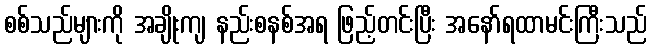
စစ်သည်များကို အချိုးကျ နည်းစနစ်အရ ဖြည့်တင်းပြီး အနော်ရထာမင်းကြီးသည်